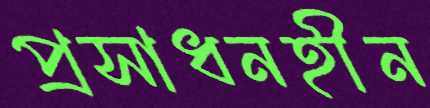
প্রসাধনহীন